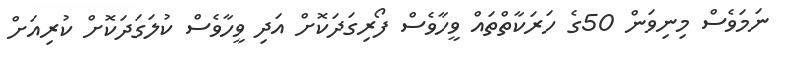
ނަމަވެސް މިނިވަން 50ގެ ހަރަކާތްތައް ވީހާވެސް ފޯރިގަދަކޮށް އަދި ވީހާވެސް ކުލަގަދަކޮށް ކުރިއަށް